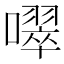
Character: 噿